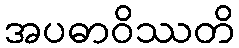
အပဓာဝိဿတိ